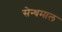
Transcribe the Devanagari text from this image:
सेन्धमाल